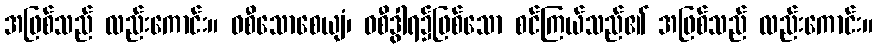
အဖြစ်သည် လည်းကောင်း။ ဝစီသောစေယျံ၊ ဝစီဒွါရ၌ဖြစ်သော စင်ကြယ်သည်၏ အဖြစ်သည် လည်းကောင်း။